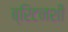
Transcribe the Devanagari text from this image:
ब्रिटनशी